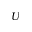
{ \cal U }